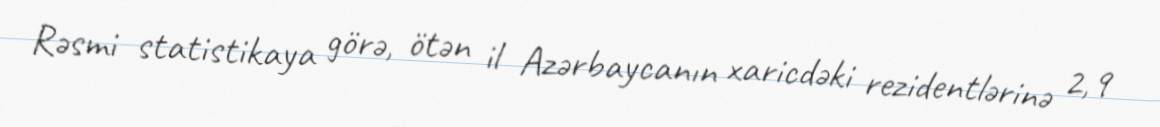
Rəsmi statistikaya görə, ötən il Azərbaycanın xaricdəki rezidentlərinə 2,9